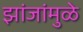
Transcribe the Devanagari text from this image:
झांजांमुळे